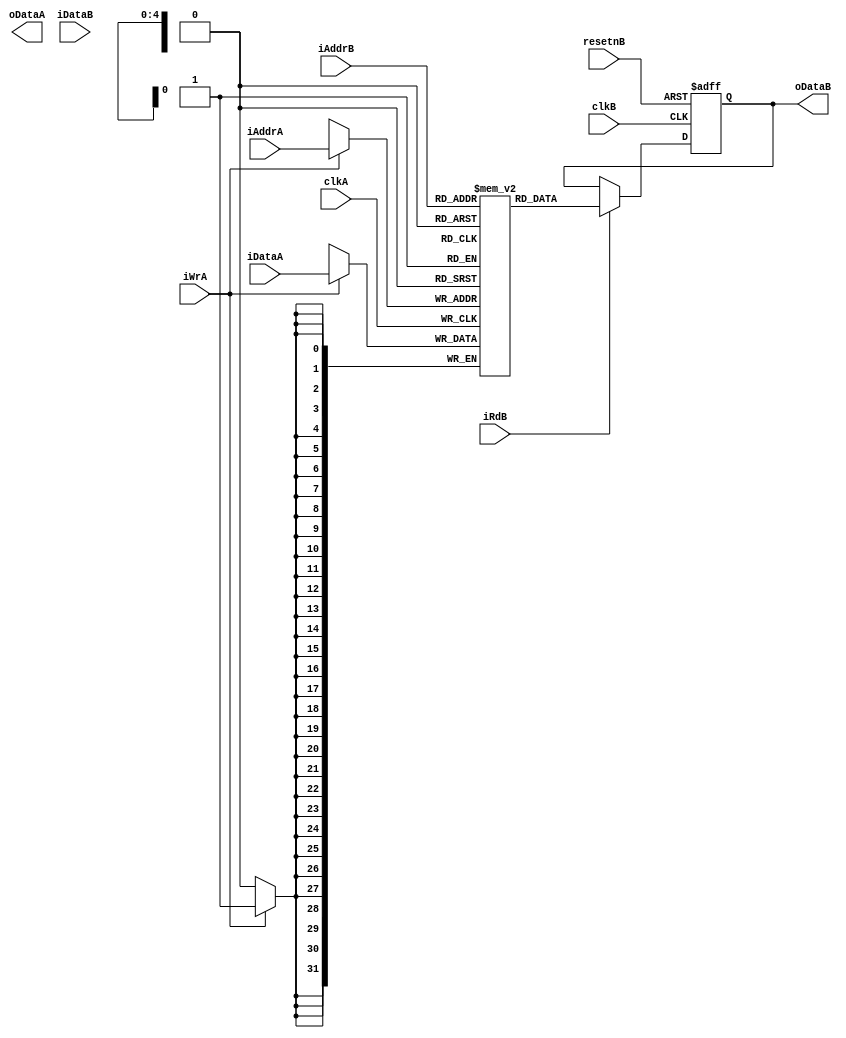
module sram_2p (
  clkA,
  iWrA,
  iAddrA,
  oDataA,
  iDataA,
  clkB,
  resetnB,
  iRdB,
  iAddrB,
  oDataB,
  iDataB
);

  parameter                AW = 5;
  parameter                DW = 32;
  parameter                DEPTH = 1<<AW;

  output [DW-1:0]  oDataA;
  input            clkA;
  input [AW-1:0]   iAddrA;
  input [DW-1:0]   iDataA;
  input            iWrA;
  output [DW-1:0]  oDataB;
  input            clkB;
  input            resetnB;
  input [AW-1:0]   iAddrB;
  input [DW-1:0]   iDataB;
  input            iRdB;

  // Models no-change memory behavior, Q changes only when a valid read enable occurs
  reg [DW-1:0] mem [DEPTH-1:0] /* synthesis syn_ramstyle = block_ram */;
  reg [DW-1:0]           oDataA;
  reg [DW-1:0]           oDataB;

integer k;
initial
begin
for (k = 0; k < DEPTH - 1; k = k + 1)
begin
    mem[k] = 0;
end
end

  // read with WEN
  // write with WEN and CEN
  always @(posedge clkA) begin
    if (iWrA ) mem[iAddrA] <= iDataA;
  end

  // read with WEN
  always @(posedge clkB or negedge resetnB) begin
    if (~resetnB)
        oDataB <= {DW{1'b0}};
    else 
        if (iRdB ) oDataB <= mem[iAddrB];
  end
endmodule